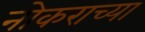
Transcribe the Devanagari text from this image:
नोकराच्या